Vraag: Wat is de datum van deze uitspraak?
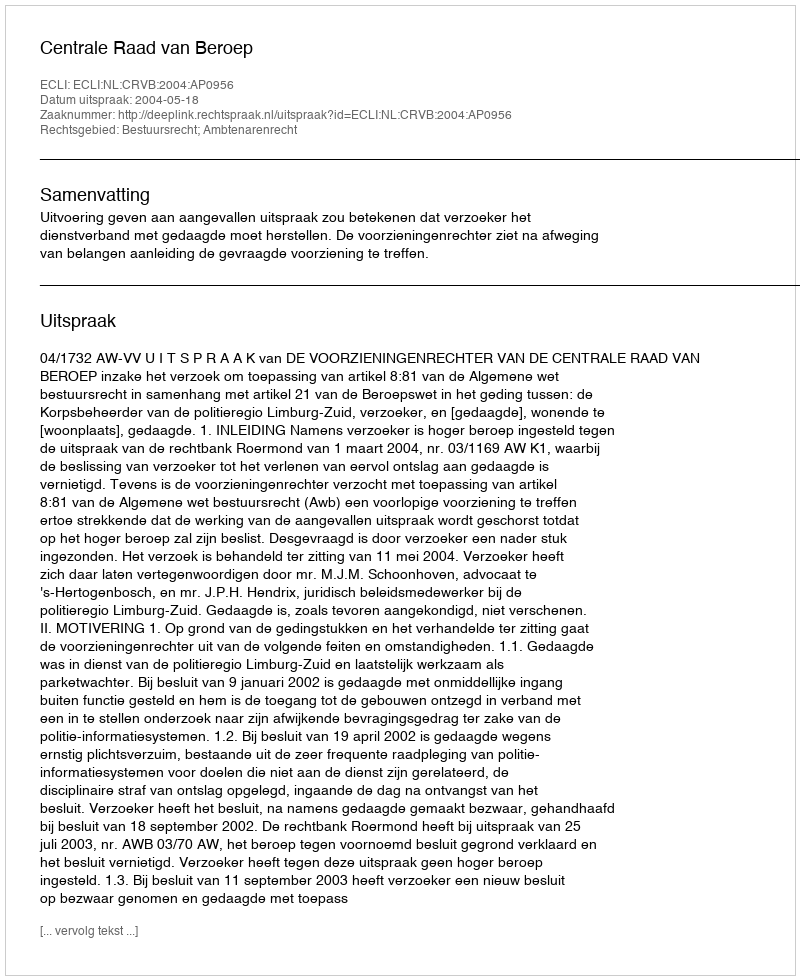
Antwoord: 2004-05-18